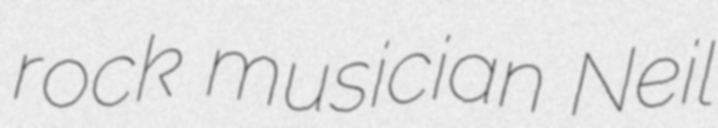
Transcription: rock musician Neil